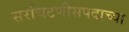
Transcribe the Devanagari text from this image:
सरचिटणीसपदाच्या